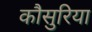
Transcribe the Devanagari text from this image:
कौसुरिया